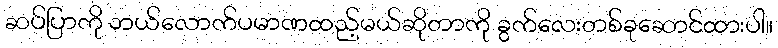
ဆပ်ပြာကို ဘယ်လောက်ပမာဏထည့်မယ်ဆိုတာကို ခွက်လေးတစ်ခုဆောင်ထားပါ။